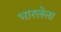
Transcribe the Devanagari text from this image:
भारलेला